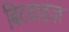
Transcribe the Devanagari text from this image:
बिटवाइज़